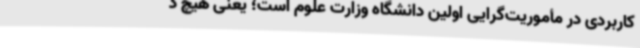
کاربردی در مأموریت‌گرایی اولین دانشگاه وزارت علوم است؛ یعنی هیچ د